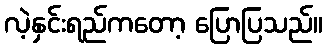
လဲ့နှင်းရည်ကတော့ ပြောပြသည်။